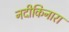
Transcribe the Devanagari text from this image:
नदीकिनारा